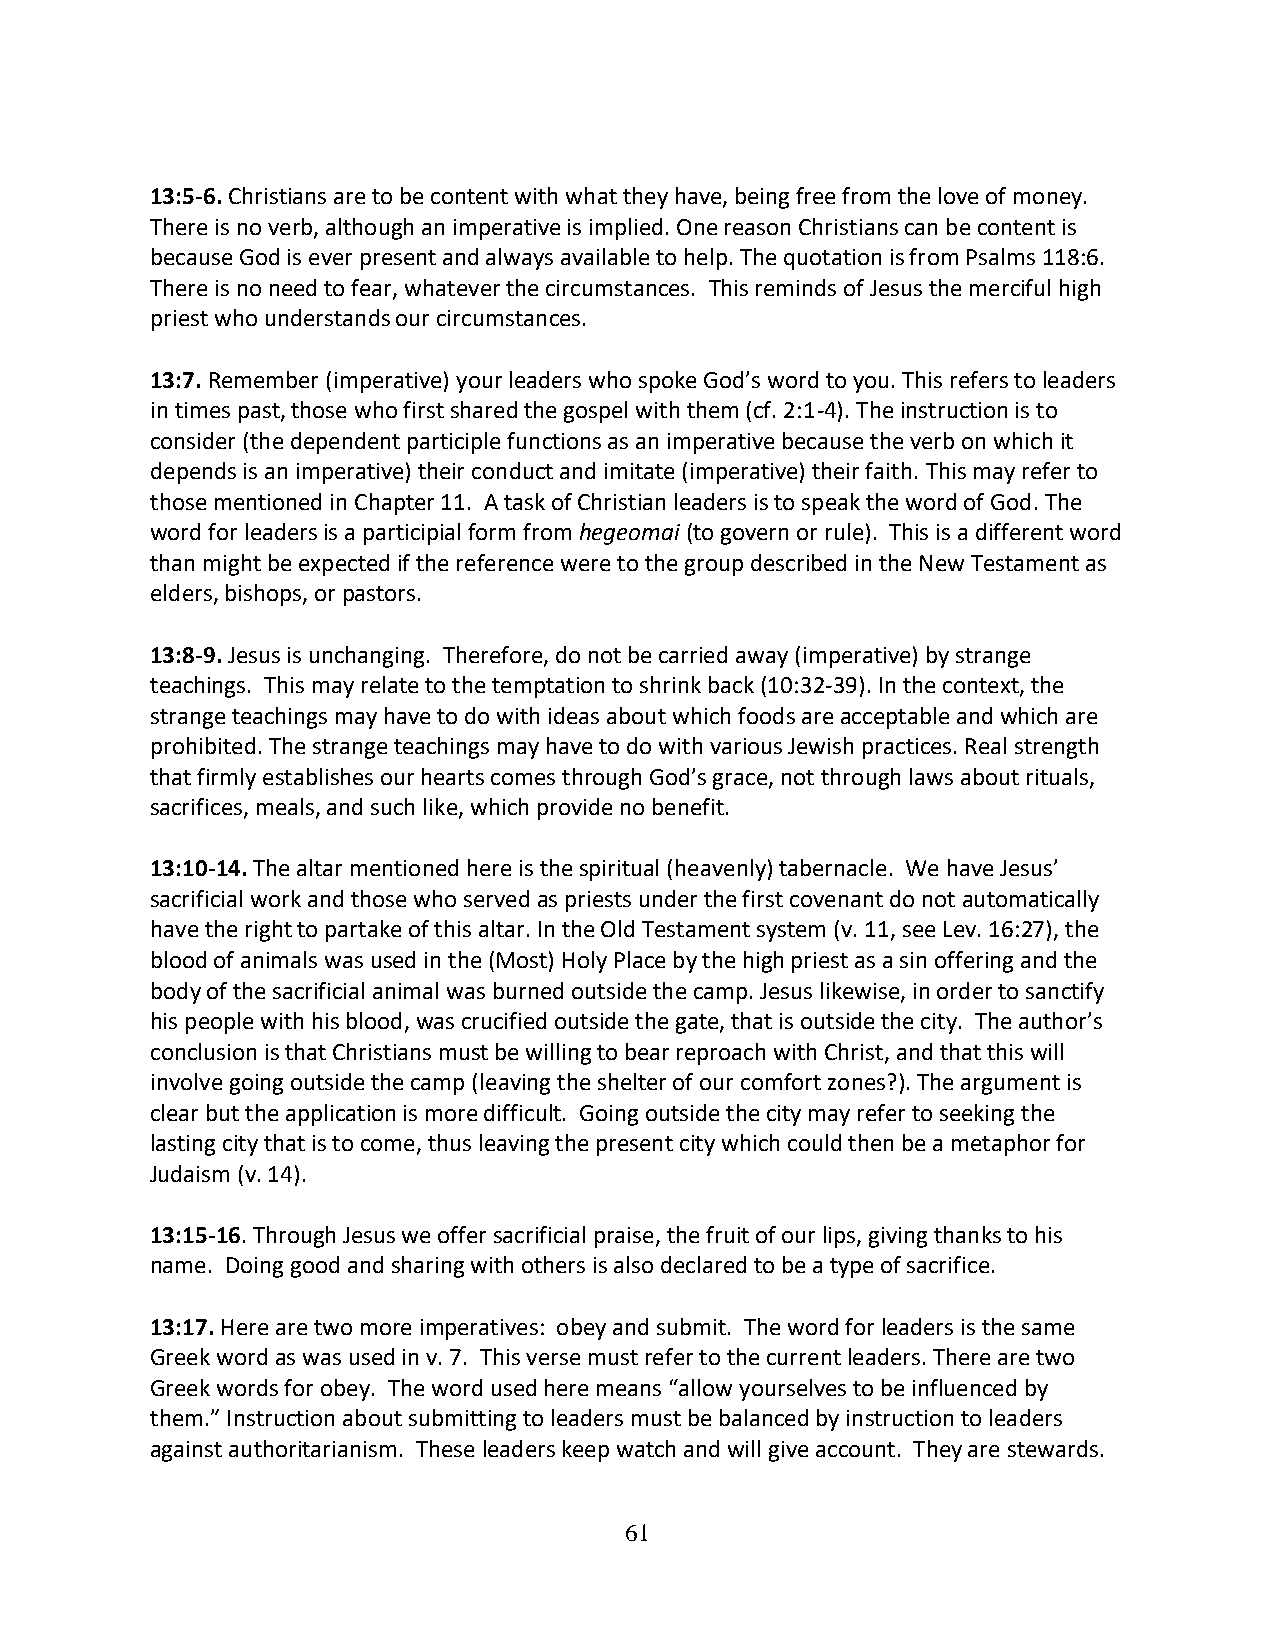
13:5-6. Christians are to be content with what they have, being free from the love of money.
 There is no verb, although an imperative is implied. One reason Christians can be content is
 because God is ever present and always available to help. The quotation is from Psalms 118:6.
 There is no need to fear, whatever the circumstances. This reminds of Jesus the merciful high
 priest who understands our circumstances.
 13:7. Remember (imperative) your leaders who spoke God’s word to you. This refers to leaders
 in times past, those who first shared the gospel with them (cf. 2:1-4). The instruction is to
 consider (the dependent participle functions as an imperative because the verb on which it
 depends is an imperative) their conduct and imitate (imperative) their faith. This may refer to
 those mentioned in Chapter 11. A task of Christian leaders is to speak the word of God. The
 word for leaders is a participial form from hegeomai (to govern or rule). This is a different word
 than might be expected if the reference were to the group described in the New Testament as
 elders, bishops, or pastors.
 13:8-9. Jesus is unchanging. Therefore, do not be carried away (imperative) by strange
 teachings. This may relate to the temptation to shrink back (10:32-39). In the context, the
 strange teachings may have to do with ideas about which foods are acceptable and which are
 prohibited. The strange teachings may have to do with various Jewish practices. Real strength
 that firmly establishes our hearts comes through God’s grace, not through laws about rituals,
 sacrifices, meals, and such like, which provide no benefit.
 13:10-14. The altar mentioned here is the spiritual (heavenly) tabernacle. We have Jesus’
 sacrificial work and those who served as priests under the first covenant do not automatically
 have the right to partake of this altar. In the Old Testament system (v. 11, see Lev. 16:27), the
 blood of animals was used in the (Most) Holy Place by the high priest as a sin offering and the
 body of the sacrificial animal was burned outside the camp. Jesus likewise, in order to sanctify
 his people with his blood, was crucified outside the gate, that is outside the city. The author’s
 conclusion is that Christians must be willing to bear reproach with Christ, and that this will
 involve going outside the camp (leaving the shelter of our comfort zones?). The argument is
 clear but the application is more difficult. Going outside the city may refer to seeking the
 lasting city that is to come, thus leaving the present city which could then be a metaphor for
 Judaism (v. 14).
 13:15-16. Through Jesus we offer sacrificial praise, the fruit of our lips, giving thanks to his
 name. Doing good and sharing with others is also declared to be a type of sacrifice.
 13:17. Here are two more imperatives: obey and submit. The word for leaders is the same
 Greek word as was used in v. 7. This verse must refer to the current leaders. There are two
 Greek words for obey. The word used here means “allow yourselves to be influenced by
 them.” Instruction about submitting to leaders must be balanced by instruction to leaders
 against authoritarianism. These leaders keep watch and will give account. They are stewards.
 61